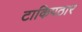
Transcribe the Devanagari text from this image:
टाकिपठार